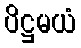
ပိဋ္ဌမယံ